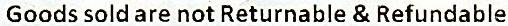
GOODS SOLD ARE NOT RETURNABLE & REFUNDABLE